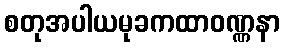
စတုအပါယမုခကထာဝဏ္ဏနာ